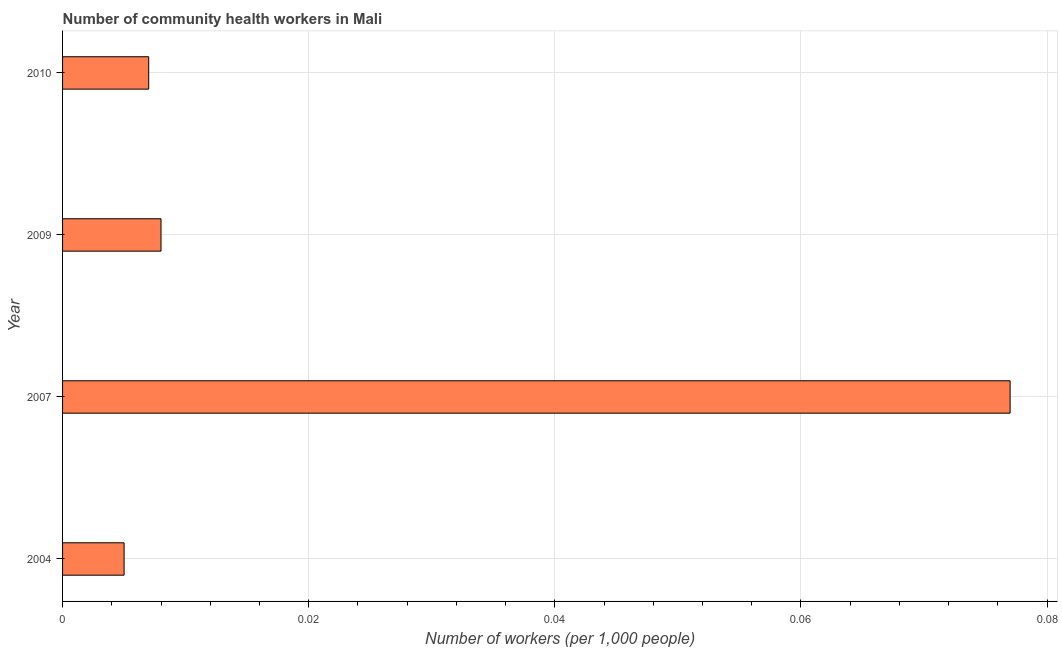
| Year | Community health workers |
 | --- | --- |
 | 2004 | 0.005 |
 | 2007 | 0.077 |
 | 2009 | 0.008 |
 | 2010 | 0.007 |